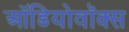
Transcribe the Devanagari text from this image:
ऑडियोवॉक्स